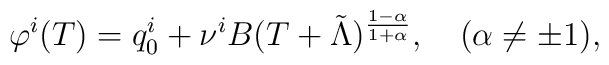
\varphi^{i}(T)=q^{i}_{0}+\nu^{i}B(T+\tilde{\Lambda})^{\frac{1-\alpha}{1+\alpha}}, \quad(\alpha\not=\pm 1 ) ,